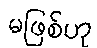
မဖြစ်ဟု